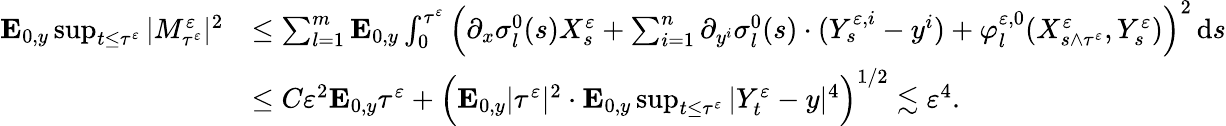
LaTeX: \begin{array}{rl}{\mathbf{E}_{0,y}\operatorname*{sup}_{t\leq\tau^{\varepsilon}}|M_{\tau^{\varepsilon}}^{\varepsilon}|^{2}}&{\leq\sum_{l=1}^{m}\mathbf{E}_{0,y}\int_{0}^{\tau^{\varepsilon}}\Big(\partial_{x}\sigma_{l}^{0}(s)X_{s}^{\varepsilon}+\sum_{i=1}^{n}\partial_{y^{i}}\sigma_{l}^{0}(s)\cdot(Y_{s}^{\varepsilon,i}-y^{i})+\varphi_{l}^{\varepsilon,0}(X_{s\wedge\tau^{\varepsilon}}^{\varepsilon},Y_{s}^{\varepsilon})\Big)^{2}\, \mathrm{d}s}\\ &{\leq C\varepsilon^{2}\mathbf{E}_{0,y}\tau^{\varepsilon}+\Big(\mathbf{E}_{0,y}|\tau^{\varepsilon}|^{2}\cdot\mathbf{E}_{0,y}\operatorname*{sup}_{t\leq\tau^{\varepsilon}}|Y_{t}^{\varepsilon}-y|^{4}\Big)^{1/2}\lesssim\varepsilon^{4}.}\end{array}